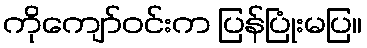
ကိုကျော်ဝင်းက ပြန်ပြုံးမပြ။